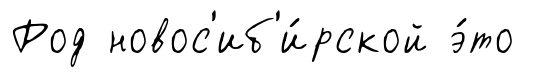
Род новос'иб'и́рской э́то